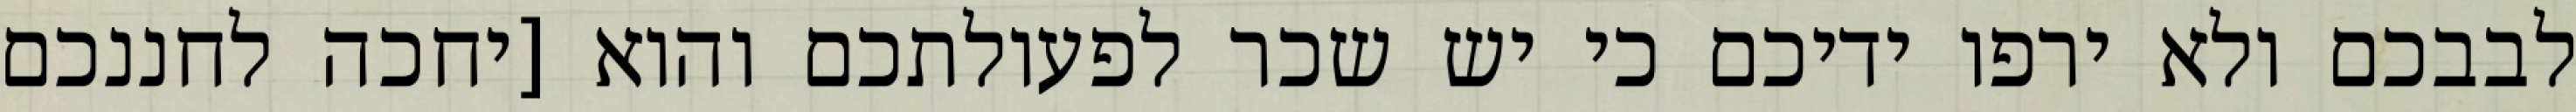
לבבכם ולא ירפו ידיכם כי יש שכר לפעולתכם והוא [יחכה לחננכם